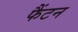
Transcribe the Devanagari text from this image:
फैंटन